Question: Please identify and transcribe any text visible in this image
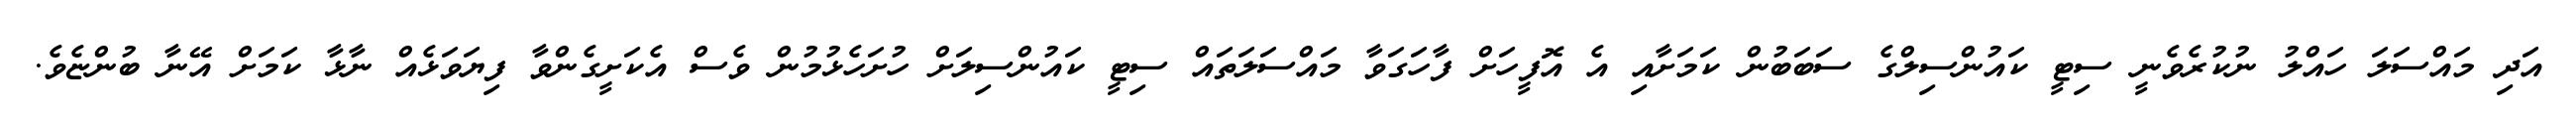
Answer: އަދި މައްސަލަ ހައްލު ނުކުރެވެނީ ސިޓީ ކައުންސިލްގެ ސަބަބުން ކަމަށާއި އެ އޮފީހަށް ފާހަގަވާ މައްސަލަތައް ސިޓީ ކައުންސިލަށް ހުށަހެޅުމުން ވެސް އެކަށީގެންވާ ފިޔަވަޅެއް ނާޅާ ކަމަށް އޭނާ ބުންޏެވެ.